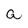
Character: a